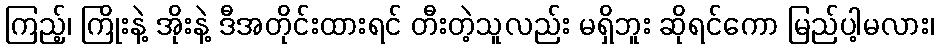
ကြည့်၊ ကြိုးနဲ့ အိုးနဲ့ ဒီအတိုင်းထားရင် တီးတဲ့သူလည်း မရှိဘူး ဆိုရင်ကော မြည်ပါ့မလား၊